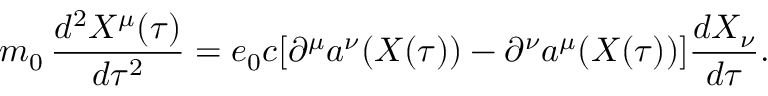
m _ { 0 } \, \frac { d ^ { 2 } X ^ { \mu } ( \tau ) } { d \tau ^ { 2 } } = e _ { 0 } c [ \partial ^ { \mu } a ^ { \nu } ( X ( \tau ) ) - \partial ^ { \nu } a ^ { \mu } ( X ( \tau ) ) ] \frac { d X _ { \nu } } { d \tau } .